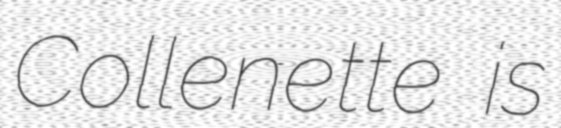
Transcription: Collenette is